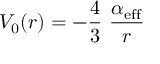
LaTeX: V _ { 0 } ( r ) = - \frac { 4 } { 3 } ~ \frac { \alpha _ { \mathrm { e f f } } } { r }